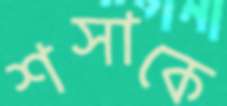
শসাকে